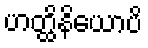
ဟတ္ထိနိယောပိ